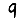
Digit: 9